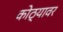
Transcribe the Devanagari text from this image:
कोठ्यावर